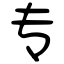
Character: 专